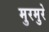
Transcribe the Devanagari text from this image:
मुरमुरे